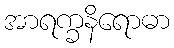
အာရက္ခနိရောဓာ